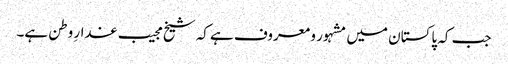
جب کہ پاکستان میں مشہور و معروف ہے کہ شیخ مجیب غدارِ وطن ہے۔